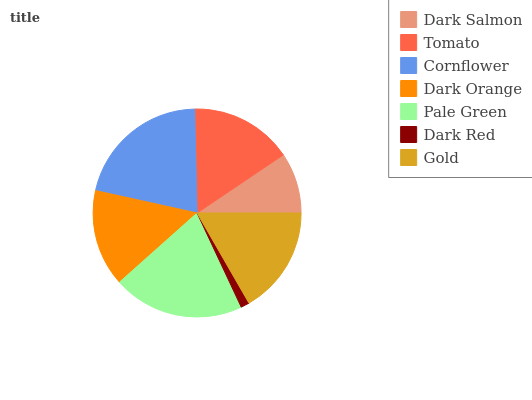
| Dark Salmon | Tomato | Cornflower | Dark Orange | Pale Green | Dark Red | Gold |
 | --- | --- | --- | --- | --- | --- | --- |
 | 9.44% | 15.9% | 21.2% | 15% | 20.4% | 1.33% | 16.7% |